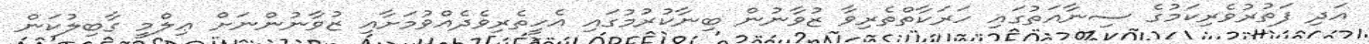
އަދި ފަތުރުވެރިކަމުގެ ސިނާއަތުގައި ހަރަކާތްތެރިވާ ޒުވާނުން ބިނާކުރުމުގައި އެހީތެރިވެދެއްވުމަށާއި ޒުވާނުންނަށް ޢިލްމީ ގާބިލުކަން